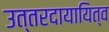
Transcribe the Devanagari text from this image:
उत्तरदायायित्व